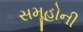
સમૂહોની